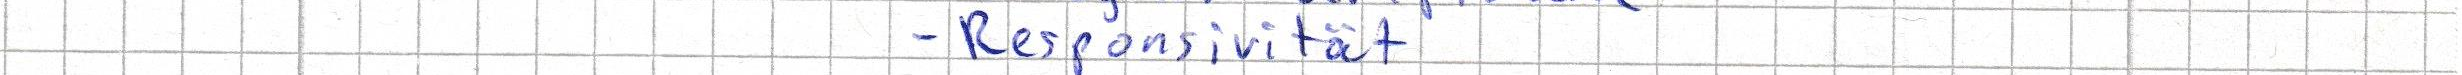
- Responsivität